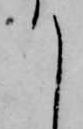
て